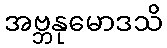
အဗ္ဘနုမောဒသိ